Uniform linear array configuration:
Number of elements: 64
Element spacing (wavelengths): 0.5
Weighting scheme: kaiser
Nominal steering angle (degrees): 30
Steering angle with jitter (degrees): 29.233
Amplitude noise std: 0.05
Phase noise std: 0.05

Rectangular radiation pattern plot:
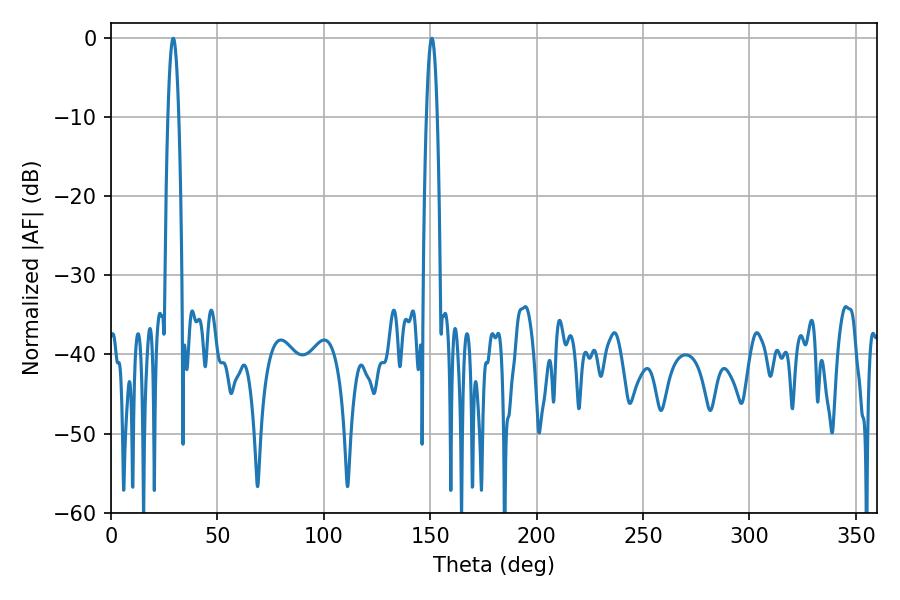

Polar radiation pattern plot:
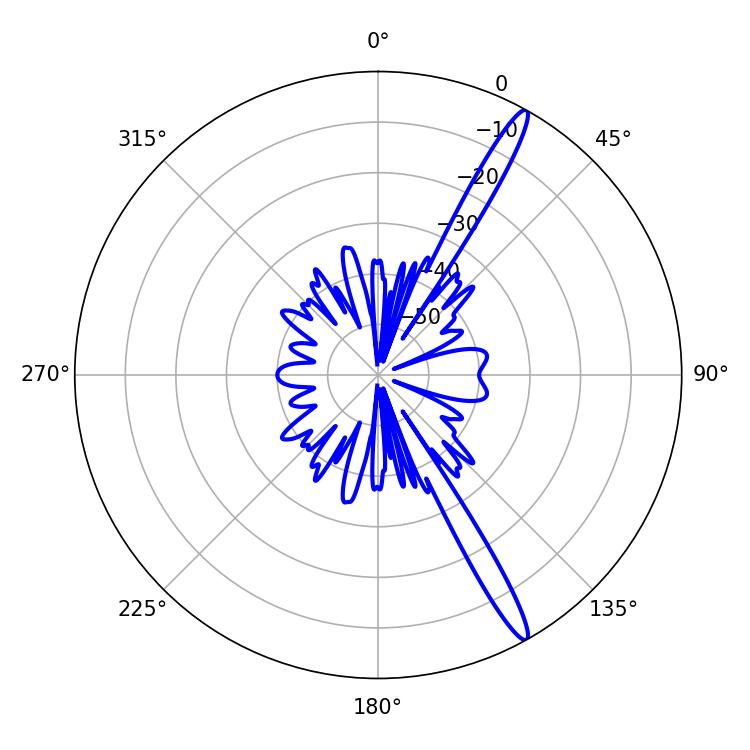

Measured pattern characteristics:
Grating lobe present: FALSE
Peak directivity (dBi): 15.823
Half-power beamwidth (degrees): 2.7
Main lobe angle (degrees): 29.16